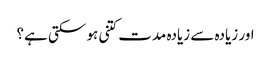
اور زیادہ سے زیادہ مدت کتنی ہو سکتی ہے؟